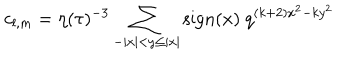
LaTeX: c _ { l , m } = \eta ( \tau ) ^ { - 3 } \sum _ { - | x | < y \leq | x | } \mathrm { s i g n } ( x ) ~ q ^ { ( k + 2 ) x ^ { 2 } - k y ^ { 2 } }